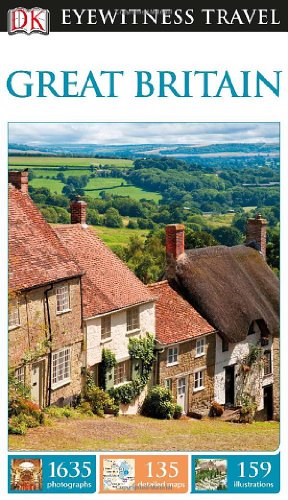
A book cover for DK Eyewitness Travel Guide: Great Britain; DK Publishing; Travel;